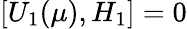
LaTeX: [U_{1}(\mu),H_{1}]=0